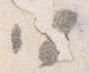
四